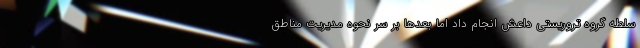
سلطه گروه تروریستی داعش انجام داد اما بعدها بر سر نحوه مدیریت مناطق